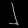
Digit: ၂